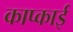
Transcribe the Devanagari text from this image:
काप्काई